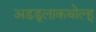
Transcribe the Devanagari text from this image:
अडडूलाकथोल्हू